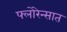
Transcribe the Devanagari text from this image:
फ्लोरेन्सात